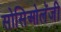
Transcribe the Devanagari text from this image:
सोसिओलॅजी